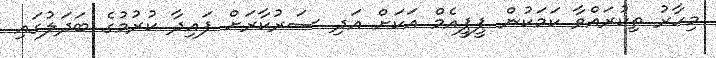
މިހާރު ތިކުރައްވާ ކަމަކުން ޕީޕީއެމް އަކަށް އަދި ސަރުކާރަށް ފައިދާ ކުރުމުގެ ބަދަލުގައި